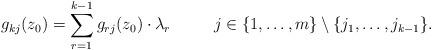
LaTeX: \begin{align*}g_{kj}(z_0)=\sum_{r=1}^{k-1}g_{rj}(z_0)\cdot\lambda_{r}\qquad\ \ j\in\{1,\hdots,m\}\setminus\{j_1,\hdots,j_{k-1}\}. \end{align*}